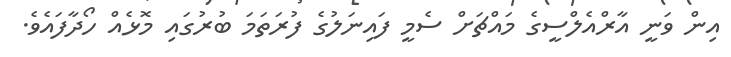
އިން ވަނީ އާރްއެލްސީގެ މައްޗަށް ސެމީ ފައިނަލުގެ ފުރަތަމަ ބުރުގައި މޮޅެއް ހޯދާފައެވެ.